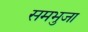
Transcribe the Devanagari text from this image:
समभुजा